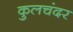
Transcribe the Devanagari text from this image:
कुलचंदर